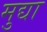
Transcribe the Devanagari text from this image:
मुद्या